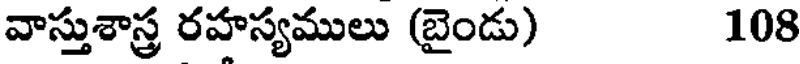
వాస్తుశాస్త్ర రహస్యములు (బైండు) 108